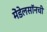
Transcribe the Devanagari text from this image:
मेंडेलसॉनची